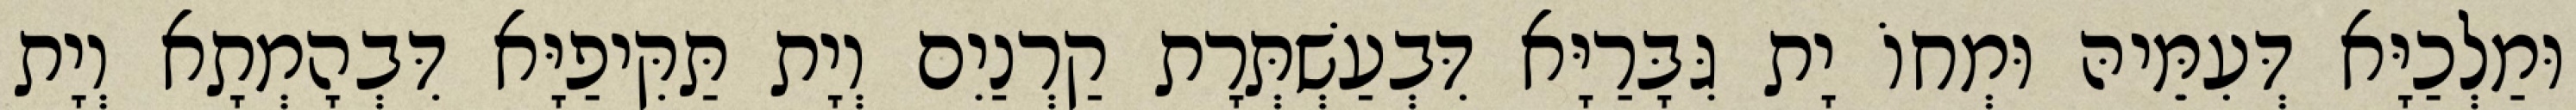
וּמַלְכַיָּא דְּעִמֵּיהּ וּמְחוֹ יָת גִּבָּרַיָּא דִּבְעַשְׁתְּרָת קַרְנַיִם וְיָת תַּקִּיפַיָּא דִּבְהָמְתָא וְיָת